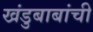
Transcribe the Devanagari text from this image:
खंडुबाबांची